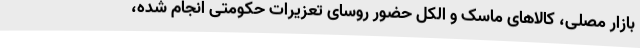
بازار مصلی، کالاهای ماسک و الکل حضور روسای تعزیرات حکومتی انجام ‌شده،